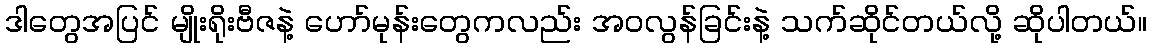
ဒါတွေအပြင် မျိုးရိုးဗီဇနဲ့ ဟော်မုန်းတွေကလည်း အဝလွန်ခြင်းနဲ့ သက်ဆိုင်တယ်လို့ ဆိုပါတယ်။